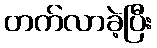
တက်လာခဲ့ပြီး